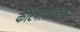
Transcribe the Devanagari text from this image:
कीटनाशकांचा